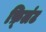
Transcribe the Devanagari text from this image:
फ़्लिंट